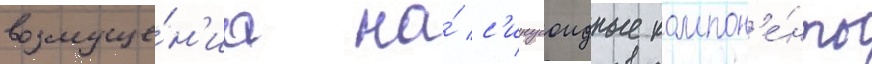
возмуще́н'иа на́ с'инусоидные компон'е́нты